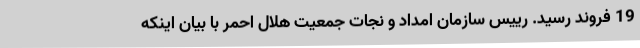
19 فروند رسید. رییس سازمان امداد و نجات جمعیت هلال احمر با بیان اینکه